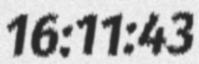
16:11:43